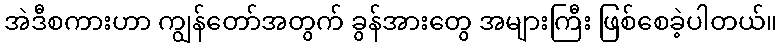
အဲဒီစကားဟာ ကျွန်တော်အတွက် ခွန်အားတွေ အများကြီး ဖြစ်စေခဲ့ပါတယ်။